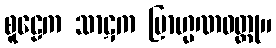
စူဠေက သာဋက ဗြာဟ္မဏဝတ္ထု။